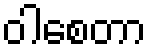
ဝါစေတာ